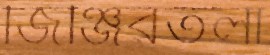
জিঞ্জিরতলা